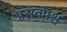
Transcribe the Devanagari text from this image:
प्रसवपश्च